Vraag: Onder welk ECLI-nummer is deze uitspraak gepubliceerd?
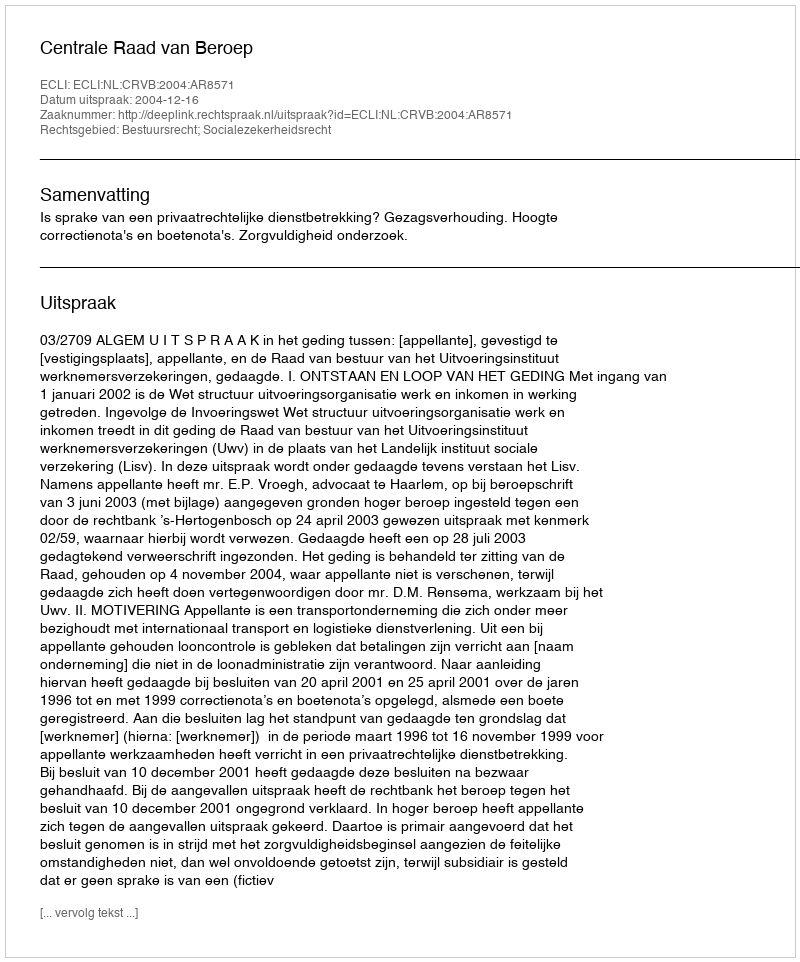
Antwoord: ECLI:NL:CRVB:2004:AR8571